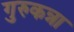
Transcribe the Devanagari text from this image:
गुरुकन्ना